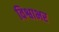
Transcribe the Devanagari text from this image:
विश्वाभर